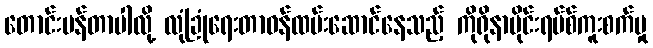
တောင်းပန်တာပါလို့ လုံခြုံရေးတာဝန်ထမ်းဆောင်နေသည့် ကိုရိုနာဗိုင်းရပ်စ်ကူးစက်မှု